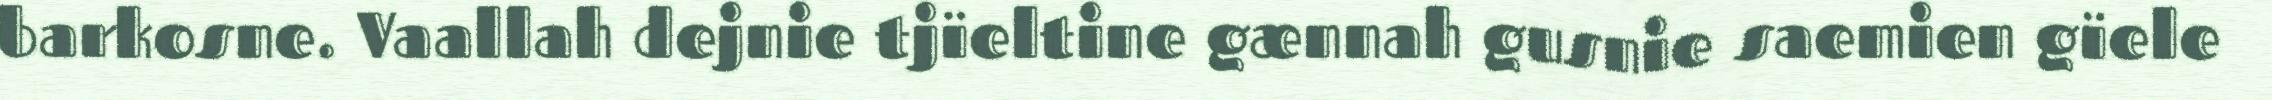
barkosne. Vaallah dejnie tjïeltine gænnah gusnie saemien gïele